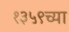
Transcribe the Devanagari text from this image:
१३५९च्या